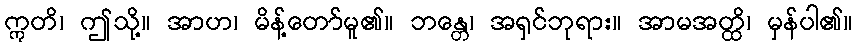
ဣတိ၊ ဤသို့။ အာဟ၊ မိန့်တော်မူ၏။ ဘန္တေ၊ အရှင်ဘုရား။ အာမအတ္ထိ၊ မှန်ပါ၏။